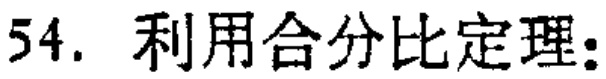
54. 利用合分比定理：